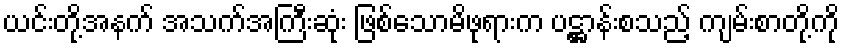
ယင်းတို့အနက် အသက်အကြီးဆုံး ဖြစ်သောမိဖုရားက ပဋ္ဌာန်းစသည့် ကျမ်းစာတို့ကို